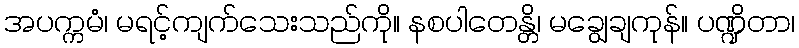
အပက္ကမံ၊ မရင့်ကျက်သေးသည်ကို။ နစပါတေန္တိ၊ မချွေချကုန်။ ပဏ္ဍိတာ၊